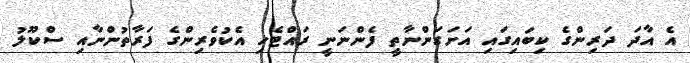
އެ އާދަ ދަރިންގެ ކިބައިގައި އަށަގަންނާތީ ފެންނަނީ ރައްޓެހި އެކުވެރިންގެ ފަރާތުންނާއި ސްކޫލު